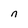
Character: n